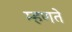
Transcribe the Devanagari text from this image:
म्‍हणते